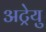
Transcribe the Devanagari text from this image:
अट्रेयु